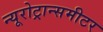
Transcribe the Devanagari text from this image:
न्यूरोट्रान्समीटर